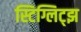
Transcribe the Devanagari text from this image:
स्टिग्लिट्झ